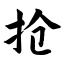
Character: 抢